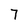
Character: 7